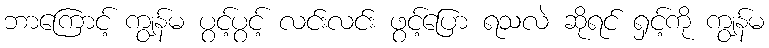
ဘာကြောင့် ကျွန်မ ပွင့်ပွင့် လင်းလင်း ဖွင့်ပြော ရသလဲ ဆိုရင် ရှင့်ကို ကျွန်မ